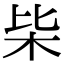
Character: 枈